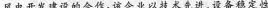
风电开发建设的合作，该企业以技术先进、设备稳定性